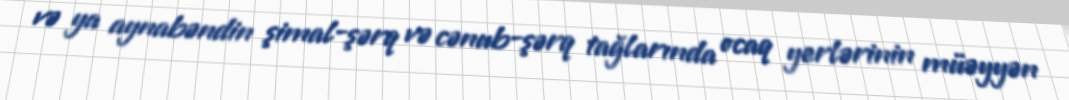
və ya aynabəndin şimal-şərq və cənub-şərq tağlarında ocaq yerlərinin müəyyən